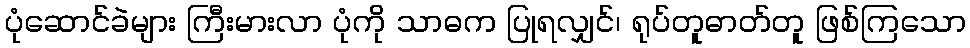
ပုံဆောင်ခဲများ ကြီးမားလာ ပုံကို သာဓက ပြုရလျှင်၊ ရုပ်တူဓာတ်တူ ဖြစ်ကြသော